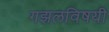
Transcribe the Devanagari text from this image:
गझलविषयी